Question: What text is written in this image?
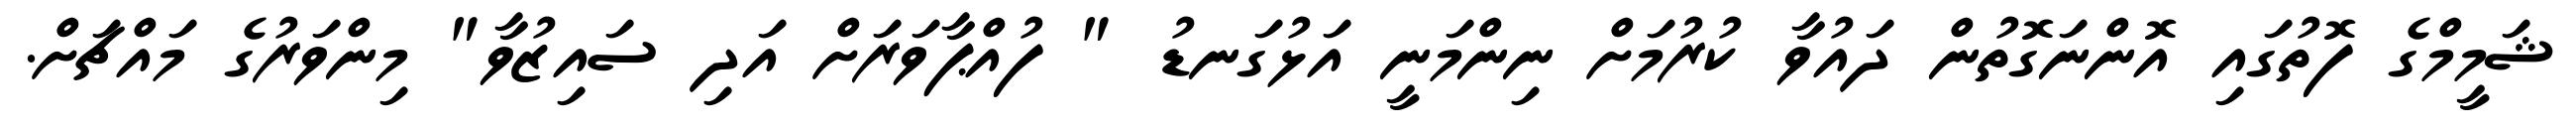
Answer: ޝަމީމްގެ ފޮތުގައި އޮންނަގޮތުން ދައުވާ ކުރުމަށް ނިންމަނީ އަޅުގަނޑު " ފުއްޕާވަރަށް އަދި ސައިޒުވާ" މިންވަރުގެ މައްޗަށް.